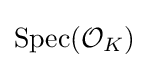
{\text{Spec}}({\mathcal {O}}_{K})